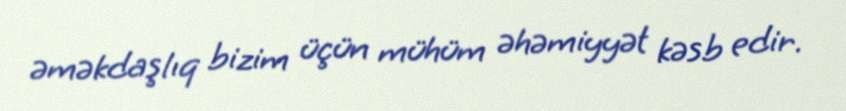
əməkdaşlıq bizim üçün mühüm əhəmiyyət kəsb edir.